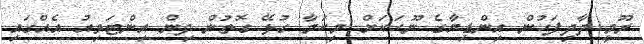
ރޫމީ ދާދިފަހުން އިންޑިޔާގެ ނޫހަކަށް މިކަމާ ގުޅޭ ގޮތުން ދިން އިންޓަވިއު އެއްގައި